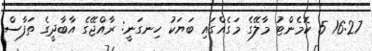
16:27 5 ކޮމެންޓު މާލޭގެ މަގެއްގައި ބަޔަކު ހިނގަނީ: ރާއްޖޭގެ އާބާދީގެ ތަފާސް